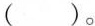
()。